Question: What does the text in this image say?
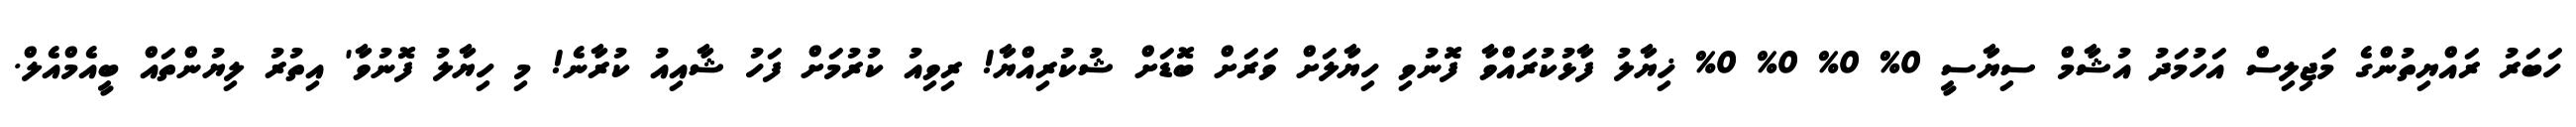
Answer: ހަބަރު ރައްޔިތުންގެ މަޖިލިސް އަހުމަދު އުޝާމް ސިޔާސީ 0% 0% 0% 0% ޚިޔާލު ފާޅުކުރައްވާ ފޮނުވި ހިޔާލަށް ވަރަށް ބޮޑަށް ޝުކުރިއްޔާ! ރިވިއު ކުރުމަށް ފަހު ޝާއިއު ކުރާނެ! މި ހިޔާލު ފޮނުވާ' އިތުރު ލިޔުންތައް ބީއެމްއެލް.